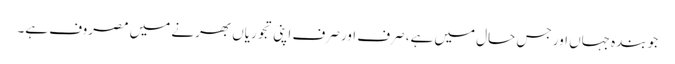
جو بندہ جہاں اور جس حال میں ہے، صرف اور صرف اپنی تجوریاں بھرنے میں مصروف ہے۔